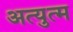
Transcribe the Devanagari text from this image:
अत्युत्म